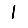
Digit: 1